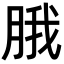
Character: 𬚾